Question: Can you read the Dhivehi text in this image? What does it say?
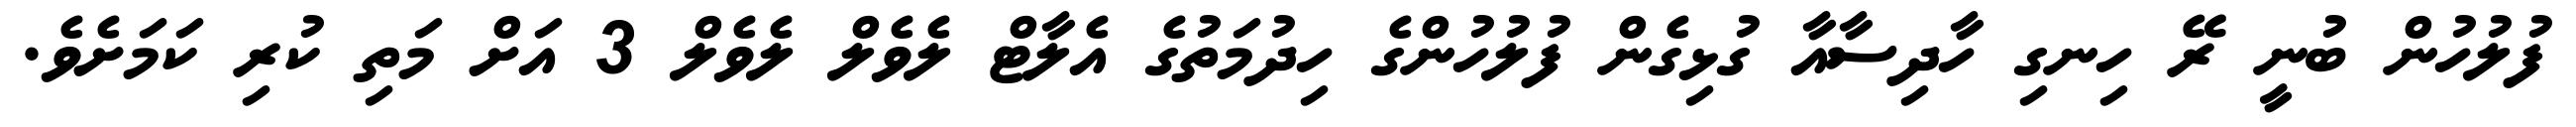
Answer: ފުލުހުން ބުނީ ރޭ ހިނގި ހާދިސާއާ ގުޅިގެން ފުލުހުންގެ ހިދުމަތުގެ އެލާޓް ލެވެލް ލެވެލް 3 އަށް މަތި ކުރި ކަމަށެވެ.